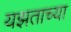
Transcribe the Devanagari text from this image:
यझताच्या